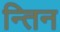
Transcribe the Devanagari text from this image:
न्तिन